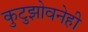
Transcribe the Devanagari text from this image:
कुटुझोवनेही